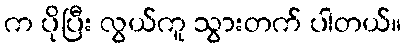
က ပိုပြီး လွယ်ကူ သွားတက် ပါတယ်။